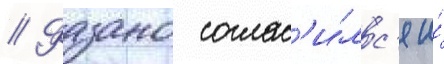
// Фазано соглас'и́лс'я и́